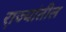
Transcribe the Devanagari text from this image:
रा़ज्यांतील